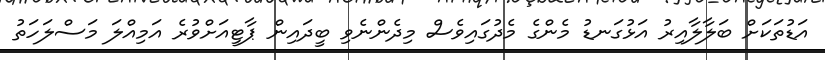
އަޑުތަކަށް ބަލާލާއިރު އަޅުގަނޑު މެންގެ މެދުގައިވެސް މިދެންނެވި ބީދައިން ޕާޓީއަށްވުރެ އަމިއްލަ މަސްލަހަތު